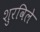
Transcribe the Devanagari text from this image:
शुरविले